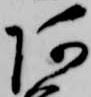
阿